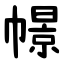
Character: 幜